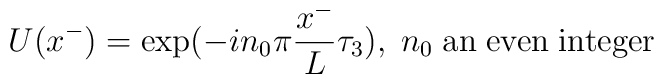
U (x^-) = \exp ({- i  n_0 \pi {x^- \over {L}}   \tau _3)},\;  n_0 \; {\rm{an \; even \;integer}}